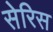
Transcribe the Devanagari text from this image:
सेरिस